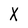
Character: X